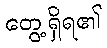
တွေ့ရှိရ၏